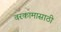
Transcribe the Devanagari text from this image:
वरकामासाठी